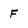
Character: f